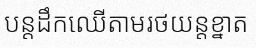
បន្តដឹកឈើតាមរថយន្តខ្នាត